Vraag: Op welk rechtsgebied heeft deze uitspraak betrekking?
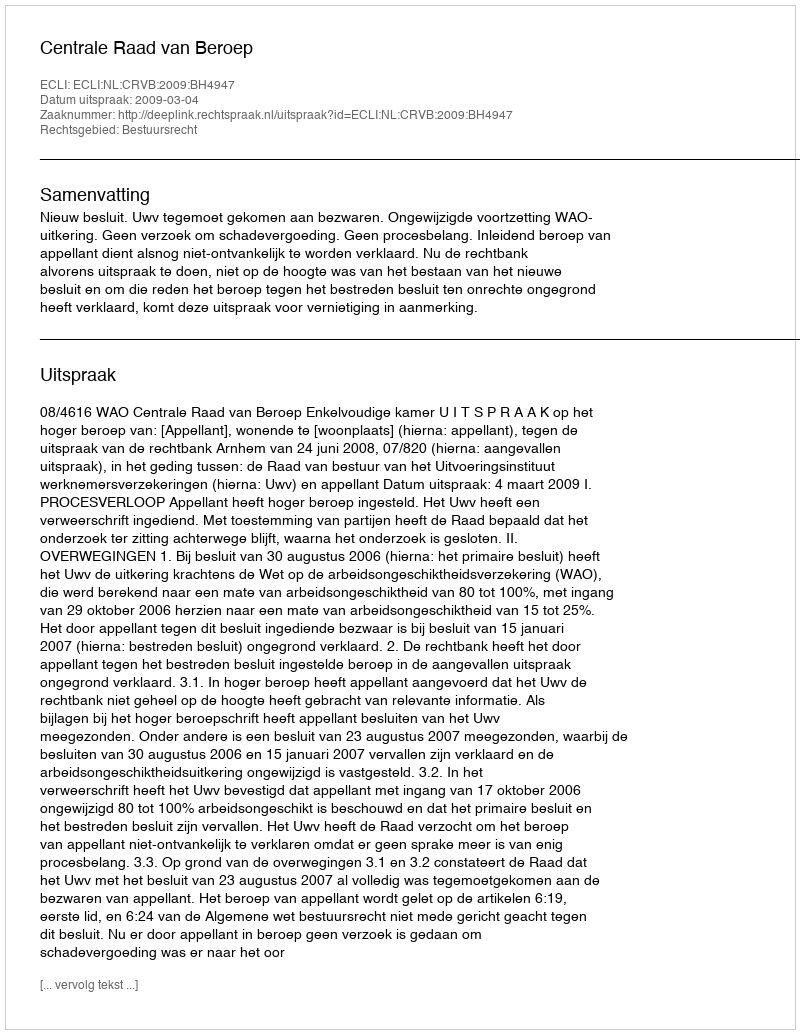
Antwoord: Bestuursrecht